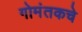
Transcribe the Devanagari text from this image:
गोमंतकचे